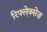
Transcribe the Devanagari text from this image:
रिफ्ल़ेक्सेज़